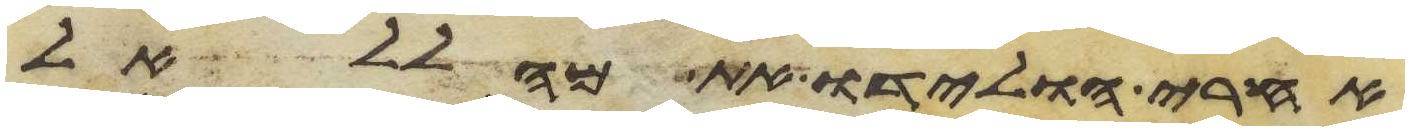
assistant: אחרי הולידו את מהללאל